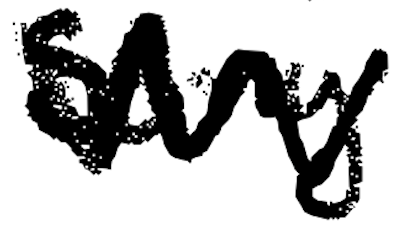
Text: Sony
Cross-out: zig-zag
Writing tool: digital_black